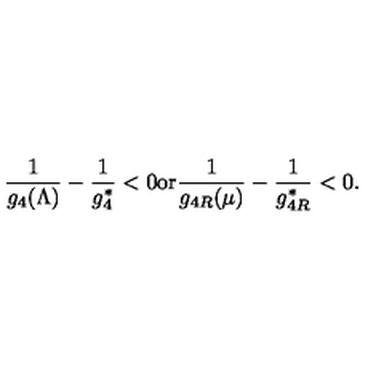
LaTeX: { \frac { 1 } { g _ { 4 } ( \Lambda ) } } - { \frac { 1 } { g _ { 4 } ^ { \ast } } } < 0 \mathrm { o r } { \frac { 1 } { g _ { 4 R } ( \mu ) } } - { \frac { 1 } { g _ { 4 R } ^ { \ast } } } < 0 .